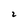
Character: z